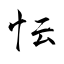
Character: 忶